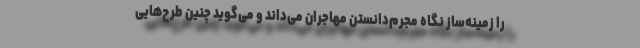
را زمینه‌ساز نگاه مجرم‌دانستن مهاجران می‌داند و می‌گوید چنین طرح‌‌هایی